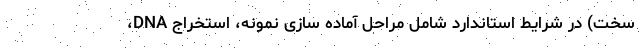
سخت) در شرایط استاندارد شامل مراحل آماده سازی نمونه، استخراج DNA،